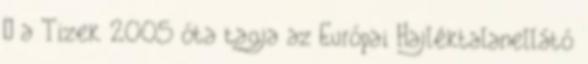
– a Tizek 2005 óta tagja az Európai Hajléktalanellátó